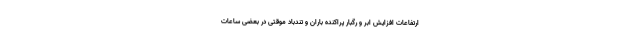
ارتفاعات افزایش ابر و رگبار پراکنده باران و تندباد موقتی در بعضی ساعات